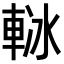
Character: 𨋲